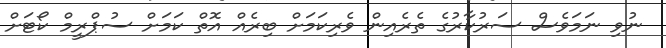
ނުވި ނަމަވެސް ސަރުކާރުގެ ތެރެއިން ވެރިކަމަށް ބިރެއް އޮތް ކަމަށް ސުޕްރީމް ކޯޓަށް